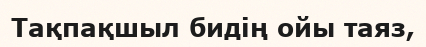
Тақпақшыл бидің ойы таяз,